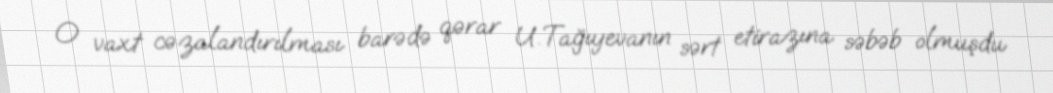
O vaxt cəzalandırılması barədə qərar U.Tağıyevanın sərt etirazına səbəb olmuşdu